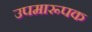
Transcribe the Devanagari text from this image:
उपमारूपक